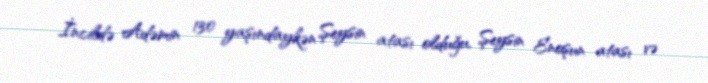
İncildə Adəmin 130 yaşındaykən Şeysin atası olduğu, Şeysin Enoşun atası və